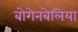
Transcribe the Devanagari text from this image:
बोगेनबेलिया